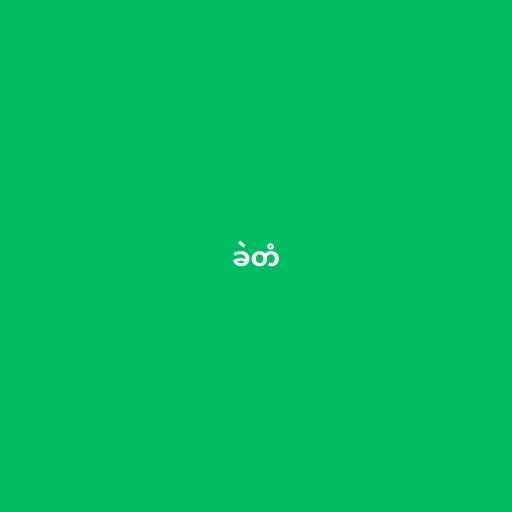
ခဲတံ